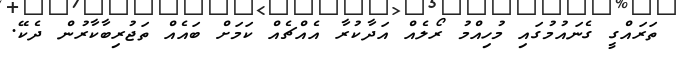
ތަރައްގީ ގެނައުމުގައި މުހިއްމު ރޯލެއް އަދާކުރާ އެއްޗެއް ކަމަށް ބައެއް ތަޖުރިބާކާރުން ދެކޭ.